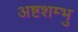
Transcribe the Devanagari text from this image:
अष्टशम्भु